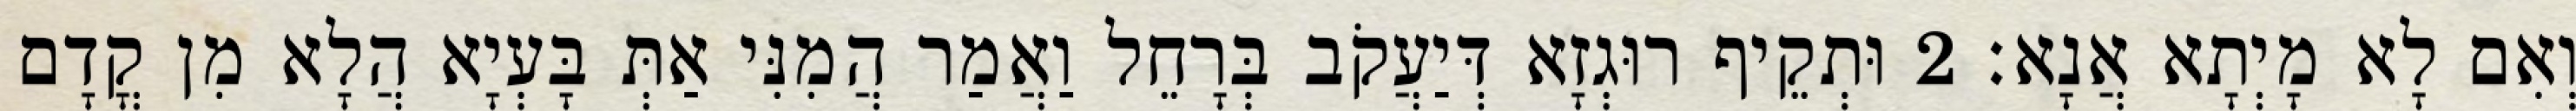
וְאִם לָא מָיְתָא אֲנָא׃ 2 וּתְקֵיף רוּגְזָא דְּיַעֲקֹב בְּרָחֵל וַאֲמַר הֲמִנִּי אַתְּ בָּעְיָא הֲלָא מִן קֳדָם